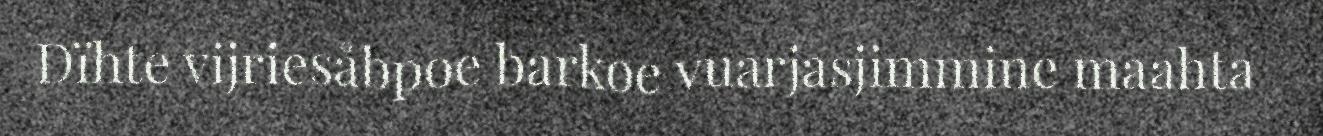
Dïhte vijriesåbpoe barkoe vuarjasjimmine maahta